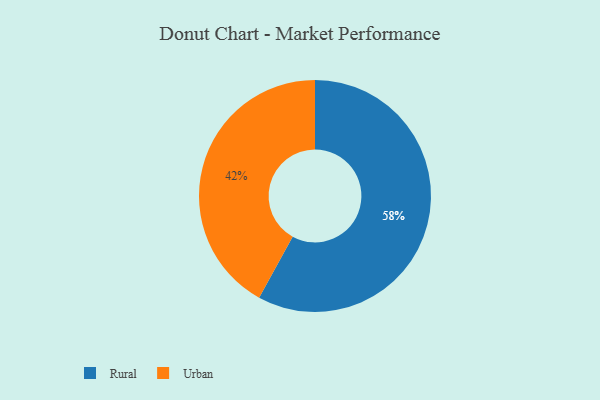
{"axis": {"x": "Category", "y": "Percentage"}, "legend": ["Rural", "Urban"], "data": [{"x": "Urban", "y": 42, "type": "Urban"}, {"x": "Rural", "y": 58, "type": "Rural"}]}